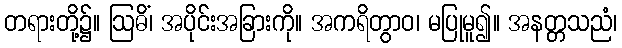
တရားတို့၌။ ဩဓိံ၊ အပိုင်းအခြားကို။ အကရိတွာဝ၊ မပြုမူ၍။ အနတ္တသညံ၊